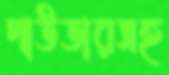
পাউডারসহ